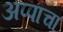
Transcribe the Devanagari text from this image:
अप्पाचा